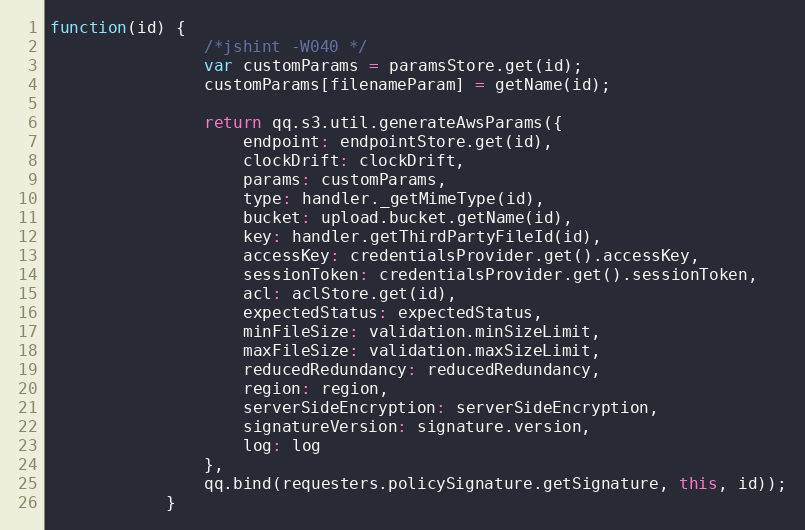
Language: JavaScript
function(id) {
                /*jshint -W040 */
                var customParams = paramsStore.get(id);
                customParams[filenameParam] = getName(id);

                return qq.s3.util.generateAwsParams({
                    endpoint: endpointStore.get(id),
                    clockDrift: clockDrift,
                    params: customParams,
                    type: handler._getMimeType(id),
                    bucket: upload.bucket.getName(id),
                    key: handler.getThirdPartyFileId(id),
                    accessKey: credentialsProvider.get().accessKey,
                    sessionToken: credentialsProvider.get().sessionToken,
                    acl: aclStore.get(id),
                    expectedStatus: expectedStatus,
                    minFileSize: validation.minSizeLimit,
                    maxFileSize: validation.maxSizeLimit,
                    reducedRedundancy: reducedRedundancy,
                    region: region,
                    serverSideEncryption: serverSideEncryption,
                    signatureVersion: signature.version,
                    log: log
                },
                qq.bind(requesters.policySignature.getSignature, this, id));
            }